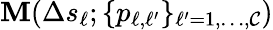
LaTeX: {\mathbf M}(\Delta s_{\ell};{\{ p_{\ell,\ell^{\prime}}\} _{\ell^{\prime}=1,\dots,\mathcal{C}}})